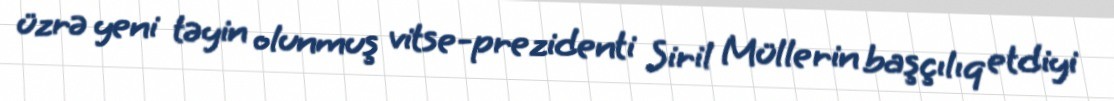
üzrə yeni təyin olunmuş vitse-prezidenti Siril Müllerin başçılıq etdiyi